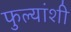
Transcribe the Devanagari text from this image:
फुल्यांशी